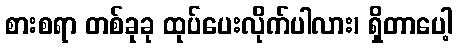
စားစရာ တစ်ခုခု ထုပ်ပေးလိုက်ပါလား၊ ရှိတာပေါ့